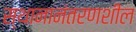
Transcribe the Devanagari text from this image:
स्थानानंतरणशील